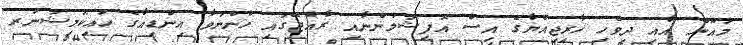
މައުޫން އާއި ދިވެހި ޚާރިޖިއްޔާގެ އިސް އޮފިޝަލުންނާއި ރާއްޖޭގައި ހުންނަވާ އިންޑިއާގެ ހައިކޮމިޝަނަރ